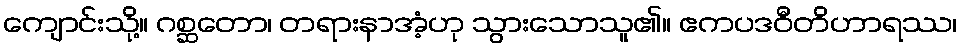
ကျောင်းသို့။ ဂစ္ဆတော၊ တရားနာအံ့ဟု သွားသောသူ၏။ ဧကပဒဝီတိဟာရဿ၊